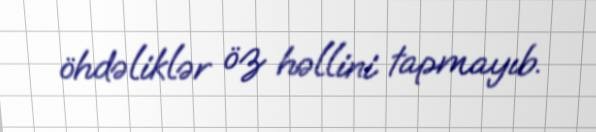
öhdəliklər öz həllini tapmayıb.